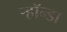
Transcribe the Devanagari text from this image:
ऱ्हॉन्डा